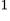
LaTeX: ^\textrm{\scriptsize 1}